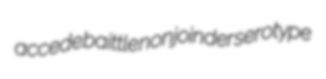
accede baittle nonjoinder serotype